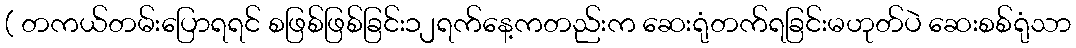
( တကယ်တမ်းပြောရရင် စဖြစ်ဖြစ်ခြင်း၁၂ရက်နေ့ကတည်းက ဆေးရုံတက်ရခြင်းမဟုတ်ပဲ ဆေးစစ်ရုံသာ